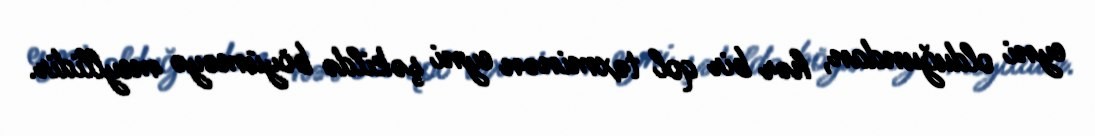
eyni olduğundan, hər bir qol təxminən eyni şəkildə böyüməyə meyllidir.